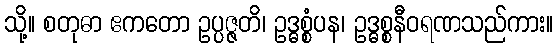
သို့။ စတုဓာ ဧကတော ဥပ္ပဇ္ဇတိ၊ ဥဒ္ဓစ္စံပန၊ ဥဒ္ဓစ္စနီဝရဏသည်ကား။